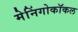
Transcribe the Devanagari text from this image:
मेनिंगोकॉकल